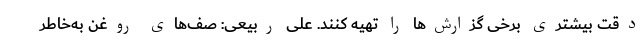
دقت بیشتری برخی گزارش‌ها را تهیه کنند. علی ربیعی: صف‌های روغن به‌خاطر